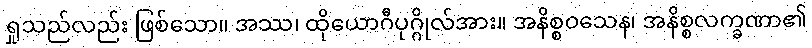
ရှုသည်လည်း ဖြစ်သော။ အဿ၊ ထိုယောဂီပုဂ္ဂိုလ်အား။ အနိစ္စဝသေန၊ အနိစ္စလက္ခဏာ၏